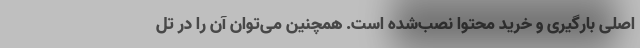
اصلی بارگیری و خرید محتوا نصب‌شده است. همچنین می‌توان آن را در تل